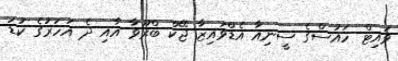
ވައިޓް ހައުސްގެ ސީނިއާ އެޑްވައިޒާ ޖޭކް ބްރޫވާ އާއި ދެ އަހަރުގެ ކުޑަ